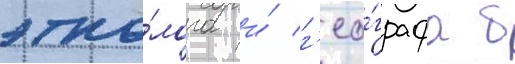
этно́лога и́ г'ео́графа б